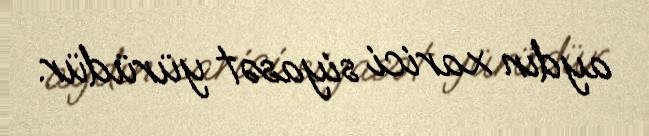
aydın xarici siyasət yürüdür.